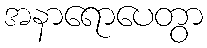
အနာရောပေတွာ